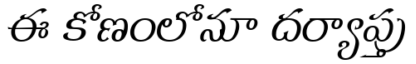
ఈ కోణంలోనూ దర్యాప్తు